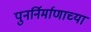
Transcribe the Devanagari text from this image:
पुनर्निर्माणाच्या